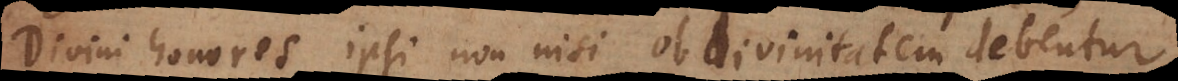
Divini honores ipsi non nisi ob divinitatem debentur,